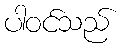
ပါဝင်သည်